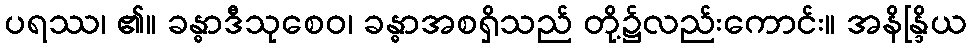
ပရဿ၊ ၏။ ခန္ဓာဒီသုစေဝ၊ ခန္ဓာအစရှိသည် တို့၌လည်းကောင်း။ အနိန္ဒြိယ